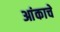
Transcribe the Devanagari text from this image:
आंकाचे